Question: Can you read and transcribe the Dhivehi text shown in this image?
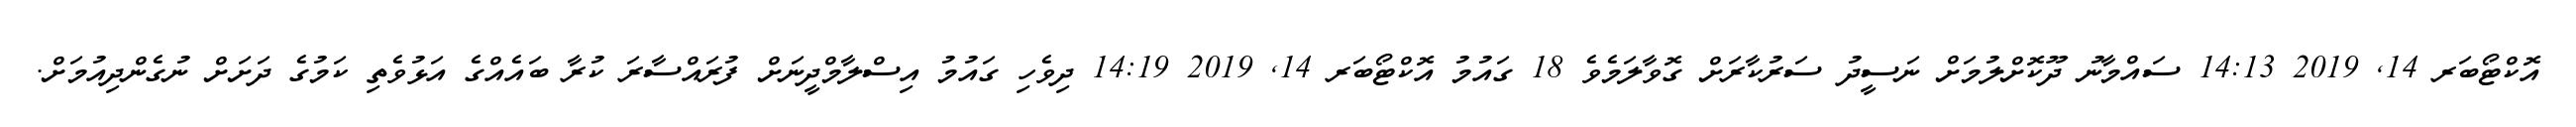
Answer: އޮކްޓޯބަރ 14, 2019 14:13 ސައްމާނު ދޫކޮށްލުމަށް ނަސީދު ސަރުކާރަށް ގޮވާލަމެވެ 18 ގައުމު އޮކްޓޯބަރ 14, 2019 14:19 ދިވެހި ގައުމު އިސްލާމްދީނަށް ފުރައްސާރަ ކުރާ ބައެއްގެ އަޅުވެތި ކަމުގެ ދަށަށް ނުގެންދިއުމަށް.